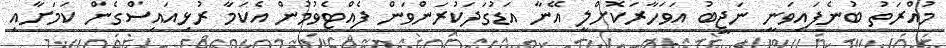
މުއްރަތު ބުނެފައިވަނީ ނަޖީބު އަވަހާރަކޮށްލީ އޭނާ އަޑުގަދަކުރަންވަން ފެއްޓެވުމުން އެކަމާ ރުޅިއައިސްގެން ކަމަށާއި